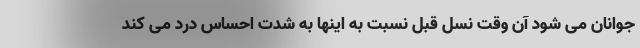
جوانان می شود آن وقت نسل قبل نسبت به اینها به شدت احساس درد می کند